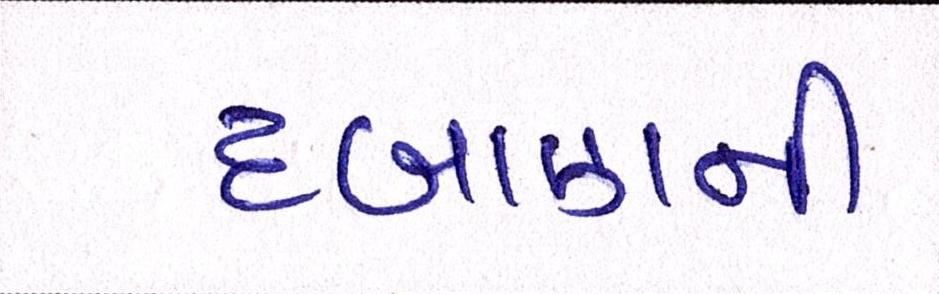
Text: દબાણની